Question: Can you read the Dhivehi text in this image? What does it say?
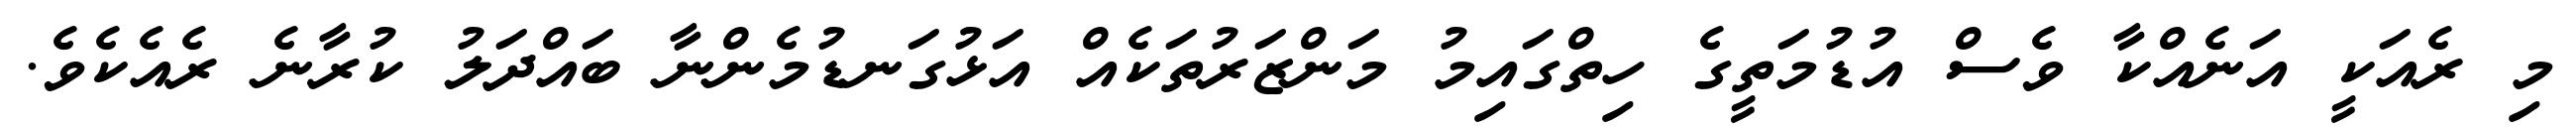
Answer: މި ރެއަކީ އަނެއްކާ ވެސް އުޑުމަތީގެ ހިތްގައިމު މަންޒަރުތަކެއް އަޅުގަނޑުމެންނާ ބައްދަލު ކުރާނެ ރެއެކެވެ.